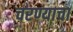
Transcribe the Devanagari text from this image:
चरण्याचा